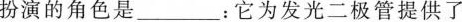
扮演的角色是____：它为发光二极管提供了